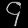
Digit: ၄